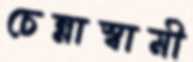
চেন্নাস্বামী